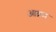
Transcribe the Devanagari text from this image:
आव्रम